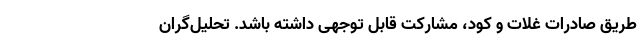
طریق صادرات غلات و کود، مشارکت قابل توجهی داشته باشد. تحلیل‌گران